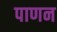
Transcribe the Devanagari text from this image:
पाणन